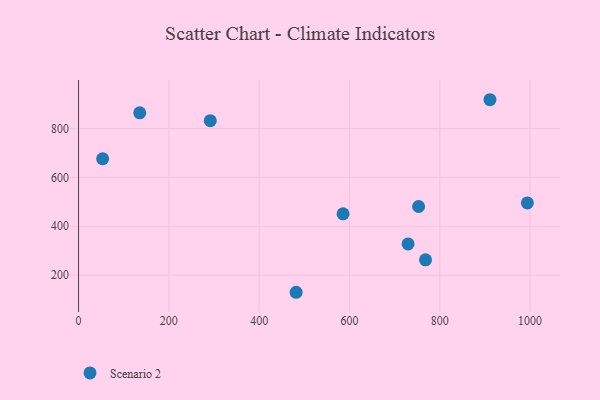
{"axis": {"x": "Ad Spend", "y": "Profit"}, "legend": ["Scenario 2"], "data": [{"x": "994.1", "y": 495.6, "type": "Scenario 2"}, {"x": "53.3", "y": 676.4, "type": "Scenario 2"}, {"x": "481.9", "y": 130.0, "type": "Scenario 2"}, {"x": "135.5", "y": 864.0, "type": "Scenario 2"}, {"x": "768.5", "y": 262.7, "type": "Scenario 2"}, {"x": "753.2", "y": 480.9, "type": "Scenario 2"}, {"x": "291.7", "y": 832.2, "type": "Scenario 2"}, {"x": "729.8", "y": 327.7, "type": "Scenario 2"}, {"x": "911.2", "y": 917.8, "type": "Scenario 2"}, {"x": "585.8", "y": 451.0, "type": "Scenario 2"}]}